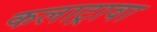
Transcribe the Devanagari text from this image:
कलाट्रावा